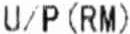
U/P (RM)